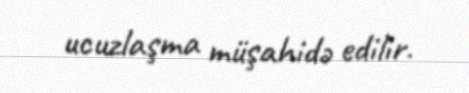
ucuzlaşma müşahidə edilir.